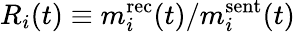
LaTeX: R_{i}(t)\equiv m_{i}^{\mathrm{rec}}(t)/m_{i}^{\mathrm{sent}}(t)